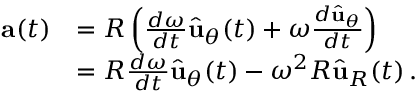
{ \begin{array} { r l } { \mathbf { a } ( t ) } & { = R \left( { \frac { d \omega } { d t } } { \hat { \mathbf { u } } } _ { \theta } ( t ) + \omega { \frac { d { \hat { \mathbf { u } } } _ { \theta } } { d t } } \right) } \\ & { = R { \frac { d \omega } { d t } } { \hat { \mathbf { u } } } _ { \theta } ( t ) - \omega ^ { 2 } R { \hat { \mathbf { u } } } _ { R } ( t ) \, . } \end{array} }